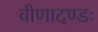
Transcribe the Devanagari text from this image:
वीणादण्डः